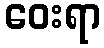
ဝေးရာ